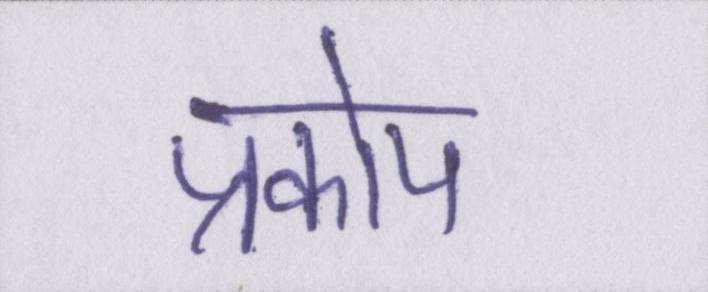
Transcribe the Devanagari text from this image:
प्रकोप